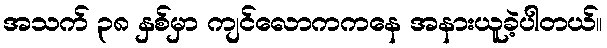
အသက် ၃၈ နှစ်မှာ ကျင်လောကကနေ အနားယူခဲ့ပါတယ်။